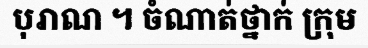
បុរាណ ។ ចំណាត់ថ្នាក់ ក្រុម